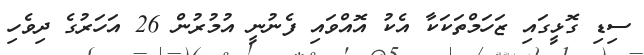
ސިޑި ގޮޅީގައި ޒަހަމްތަކަކާ އެކު އޮއްވައި ފެނުނީ އުމުރުން 26 އަހަރުގެ ދިވެހި